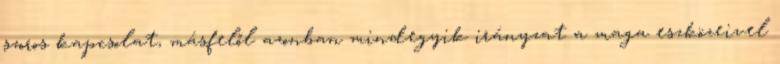
szoros kapcsolat, másfelől azonban mindegyik irányzat a maga eszközeivel